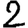
Digit: 2